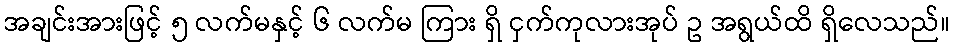
အချင်းအားဖြင့် ၅ လက်မနှင့် ၆ လက်မ ကြား ရှိ ငှက်ကုလားအုပ် ဥ အရွယ်ထိ ရှိလေသည်။